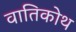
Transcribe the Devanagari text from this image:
वातिकोथ